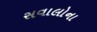
સવાલોના